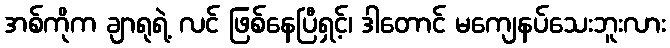
အစ်ကိုက ချာရုရဲ့ လင် ဖြစ်နေပြီရှင့်၊ ဒါတောင် မကျေနပ်သေးဘူးလား